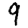
Digit: 9